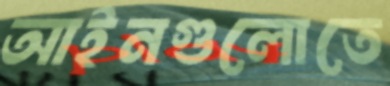
আইনগুলোতে